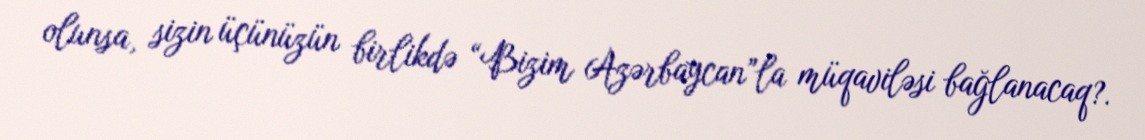
olunsa, sizin üçünüzün birlikdə “Bizim Azərbaycan”la müqaviləsi bağlanacaq?.